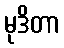
မုဒိတာ